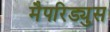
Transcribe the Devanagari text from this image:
मैपरिड्युस